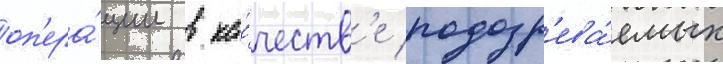
оп'ера́ции в ка́честв'е подозр'ева́емых